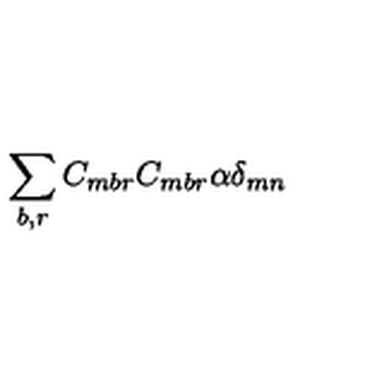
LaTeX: \sum _ { b , r } C _ { m b r } C _ { m b r } \alpha \delta _ { m n }